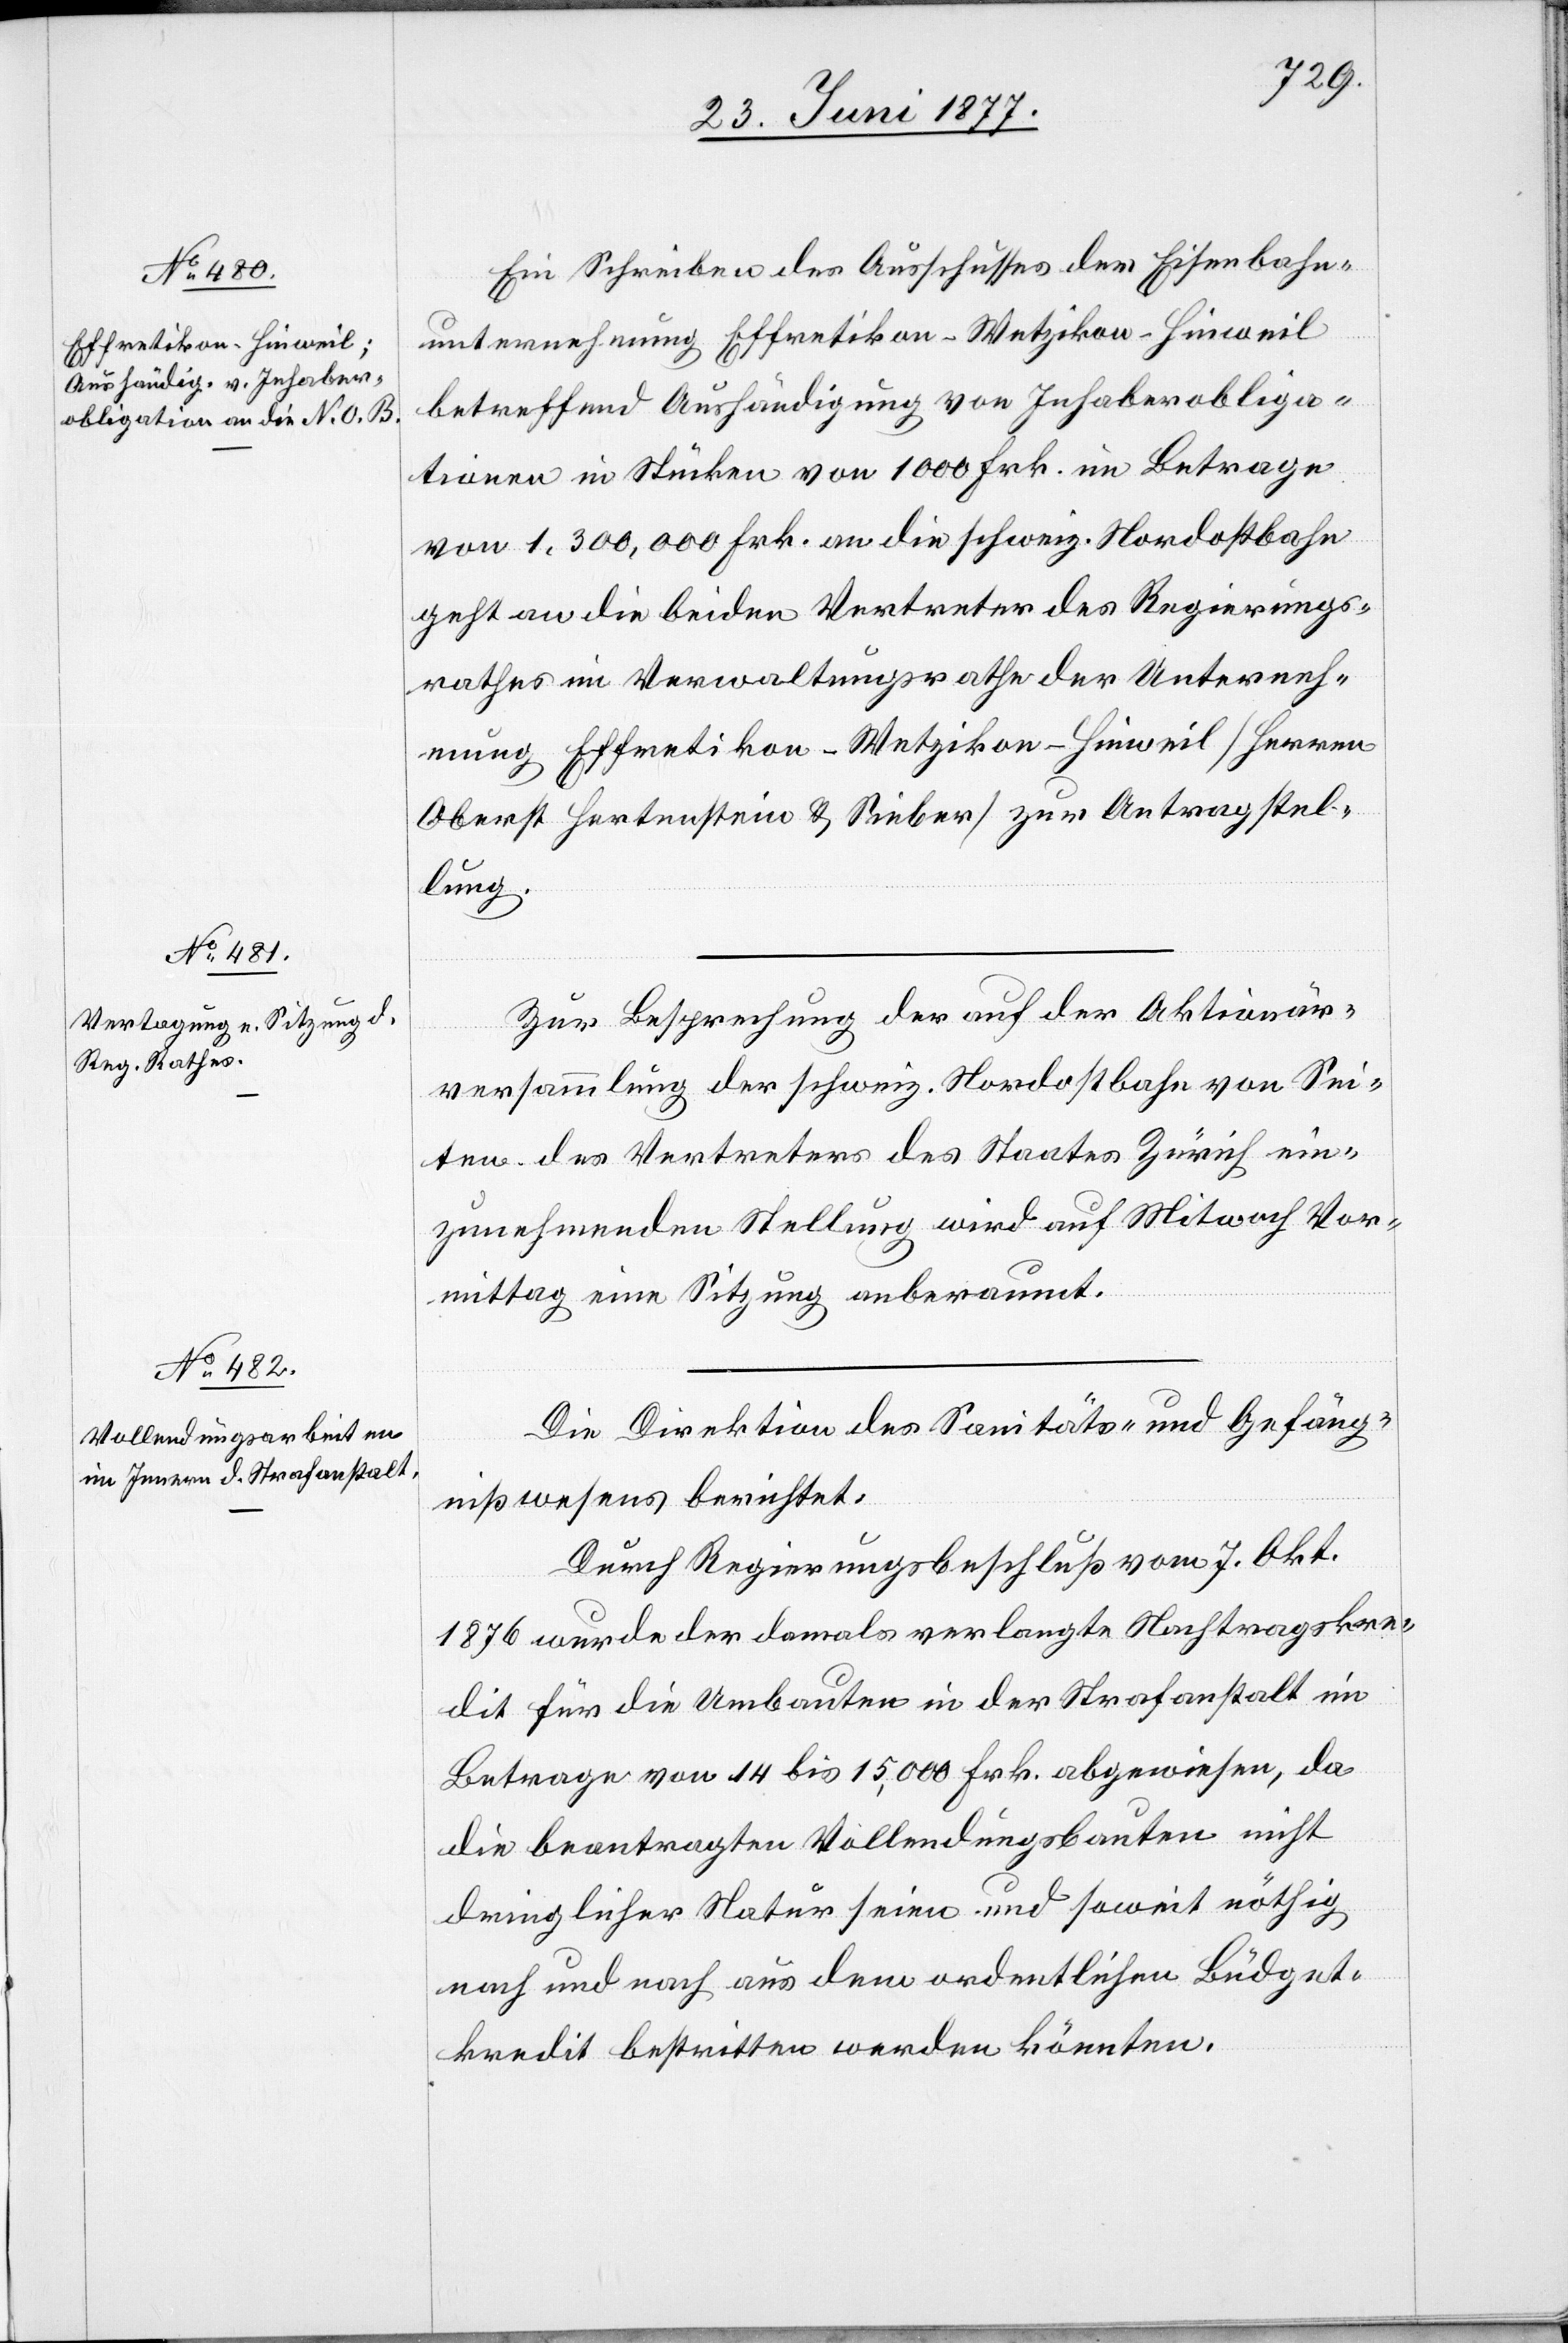
Ein Schreiben des Ausschusses der Eisenbahn¬
unternehmung Effretikon–Wetzikon–Hinweil
betreffend Aushändigung von Inhaberobliga¬
tionen in Stücken von 1000 Frk. im Betrage
von 1,300,000 Frk. an die schweiz. Nordostbahn
geht an die beiden Vertreter des Regierungs¬
rathes im Verwaltungsrathe der Unterneh¬
mung Effretikon–Wetzikon–Hinweil [Herren
Oberst Hertenstein & Sieber] zur Antragstel¬
lung.
Zur Besprechung der auf der Aktionär¬
versammlung der schweiz. Nordostbahn von Sei¬
ten des Vertreters des Staates Zürich ein¬
zunehmenden Stellung wird auf Mitwoch [s¬
Vor¬
mittag eine Sitzung anberaumt.
Die Direktion des Sanitäts- und Gefäng¬
nißwesens berichtet:
Durch Regierungsbeschluß vom 7. Okt.
1876 wurde der damals verlangte Nachtragskre¬
dit für die Umbauten in der Strafanstalt im
Betrage von 14 bis 15,000 Frk. abgewiesen, da
die beantragten Vollendungsbauten nicht
dringlicher Natur seien und soweit nöthig
nach und nach aus dem ordentlichen Büdget¬
kredit bestritten werden könnten.